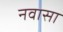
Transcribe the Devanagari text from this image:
नवासा